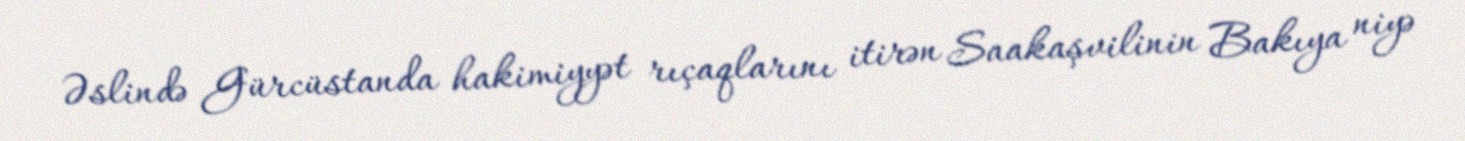
Əslində Gürcüstanda hakimiyyət rıçaqlarını itirən Saakaşvilinin Bakıya niyə